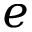
e